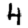
Digit: 4